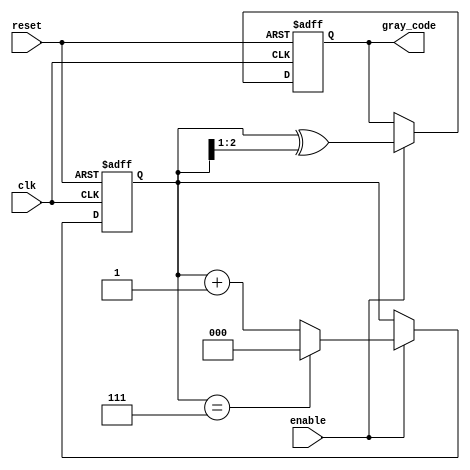
module gray_code_counter #(
    parameter N = 3 // Number of bits for the Gray code counter
)(
    input wire clk,       // Clock input
    input wire enable,    // Enable input
    input wire reset,     // Reset input
    output reg [N-1:0] gray_code // Output Gray code
);

    reg [N-1:0] binary_count; // Intermediate binary counter

    // Binary to Gray code conversion
    function [N-1:0] binary_to_gray;
        input [N-1:0] binary;
        begin
            binary_to_gray = binary ^ (binary >> 1);
        end
    endfunction

    // Always block for counter operation
    always @(posedge clk or posedge reset) begin
        if (reset) begin
            binary_count <= 0; // Reset binary counter
            gray_code <= binary_to_gray(0); // Reset Gray code output
        end else if (enable) begin
            binary_count <= binary_count + 1; // Increment binary counter
            if (binary_count == (1 << N) - 1) begin
                binary_count <= 0; // Wrap around when max value is reached
            end
            gray_code <= binary_to_gray(binary_count); // Update Gray code output
        end
    end

endmodule